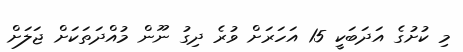
މި ކުށުގެ އަދަބަކީ 15 އަހަރަށް ވުރެ ދިގު ނޫން މުއްދަތަކަށް ޖަލަށް